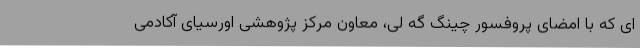
ای که با امضای پروفسور چینگ گه لی، معاون مرکز پژوهشی اورسیای آکادمی